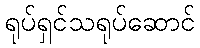
ရုပ်ရှင်သရုပ်ဆောင်